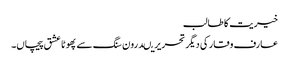
خیریت کا طالب
عارف وقار کی دیگر تحریریںدرون سنگ سے پھوٹا عشق پیچاں۔